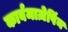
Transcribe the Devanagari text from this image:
कार्बमाज़ेपिंन